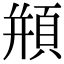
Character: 頩